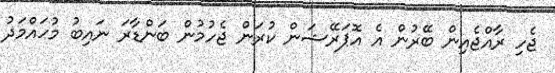
ޖެހި ރާއްޖެއިން ބޭރުން އެ އޮޕަރޭޝަން ކުރަން ޖެހުމުން ބަންޑާރަ ނައިބު މުހައްމަދު